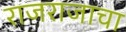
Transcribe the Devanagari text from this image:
राजराजाचा